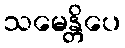
သမေန္တိပေ